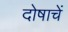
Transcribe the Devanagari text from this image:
दोषाचें